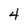
Character: 4